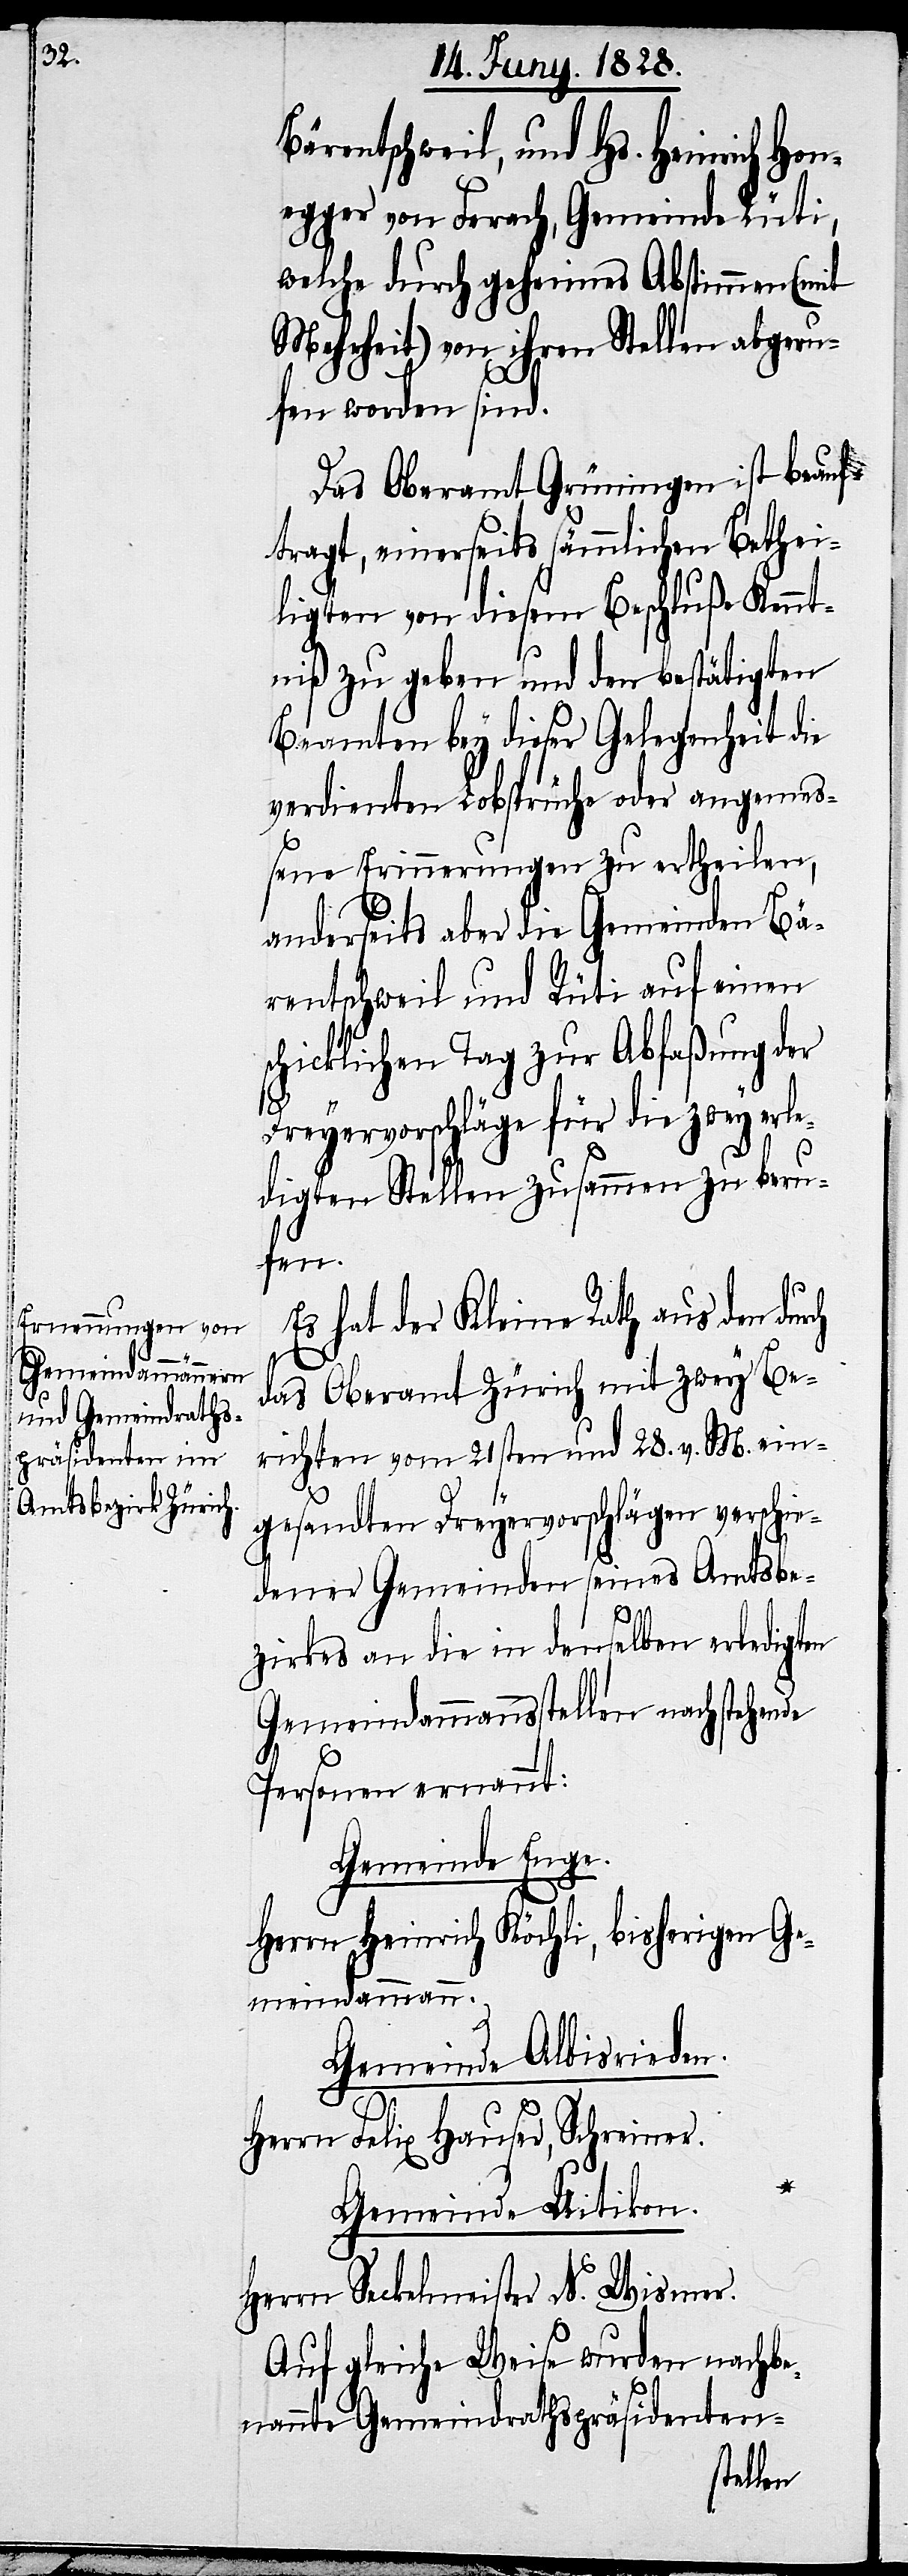
Bärentschweil, und Hs. Heinrich Hon¬
egger von Ferach, Gemeinde Rüti,
welche durch geheimes Abstimmen (mit
Mehrheit) von ihren Stellen abgeru¬
fen worden sind.
Das Oberamt Grüningen ist beauf¬
tragt, einerseits sämm[t]lichen Bethei¬
ligten von diesem Beschluße Kennt¬
niß zu geben und den bestätigten
Beamten bey dieser Gelegenheit die
verdienten Lobsprüche oder angemeß¬
ene Erinnerungen zu ertheilen,
anderseits aber die Gemeinden Bä¬
rentschweil und Rüti auf einen
schicklichen Tag zur Abfaßung der
Dreyervorschläge für die zwey erle¬
digten Stellen zusammen zu beru¬
fen.
Es hat der Kleine Rath aus den dur¬
das Oberamt Zürich mit zwey Be¬
richten vom 21sten und 28. v. M. ein¬
gesandten Dreyervorschlägen verschie¬
dener Gemeinden seines Amtsbe¬
ch
zirkes an die in denselben erledigten
Gemeindammannsstellen nachstehende
Personen ernannt:
Gemeinde Enge.
Herrn Heinrich Köchli, bisherigen Ge¬
meindammann.
Gemeinde Albisrieden.
Herrn Felix Hauser, Schreiner.
Gemeinde Uitikon.
Herrn Seckelmeister N. Wismer.
Auf gleiche Weise wurden nachbe¬
nannte Gemeindrathspräsidenten-